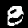
Label: 8